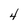
Character: 4